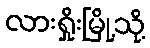
လားရှိုးမြို့သို့